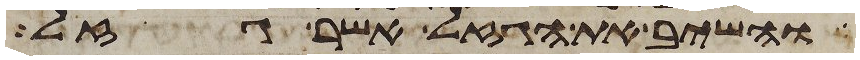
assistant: והשיב את הגזל אשר גזל